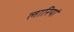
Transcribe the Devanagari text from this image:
लारियां